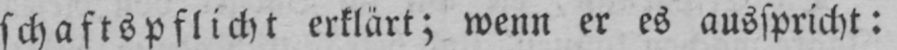
schaftspflicht erklärt; wenn er es ausspricht: